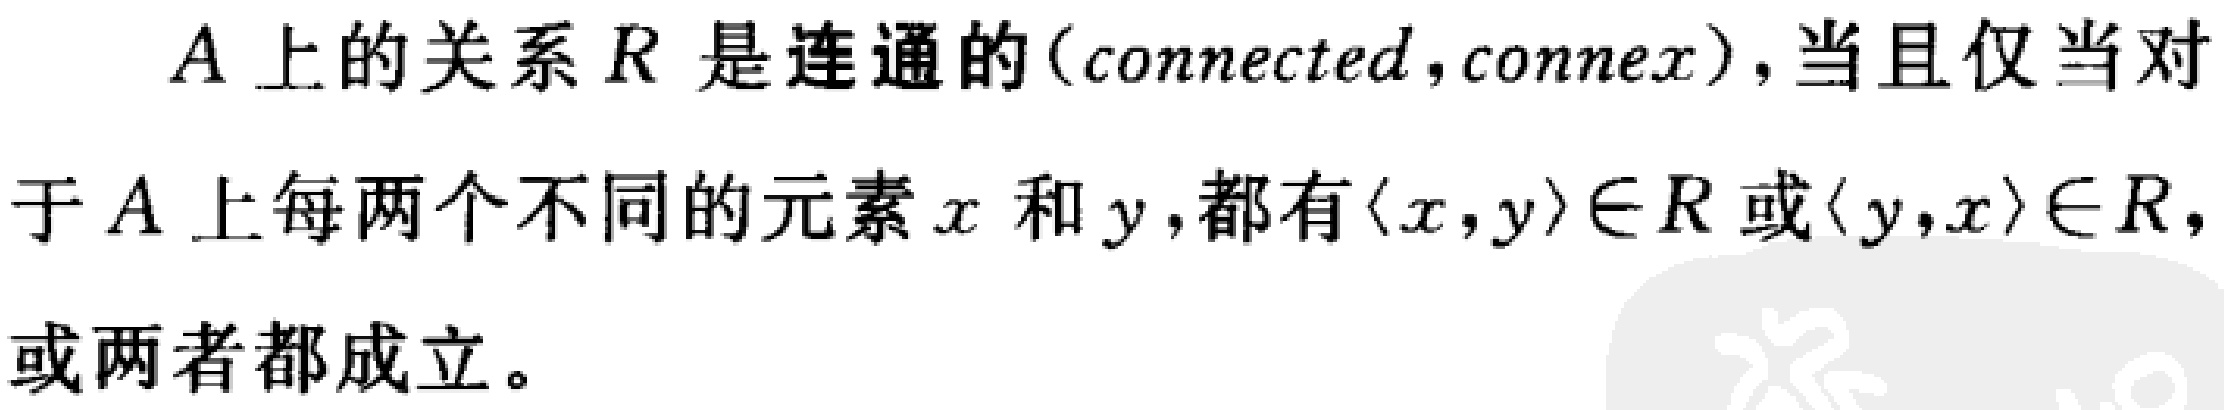
$A$ 上的关系 $R$ 是连通的（connected，connex），当且仅当对于 $A$ 上每两个不同的元素 $x$ 和 $y$，都有 $\langle x,y\rangle\in R$ 或 $\langle y,x\rangle\in R$，或两者都成立。